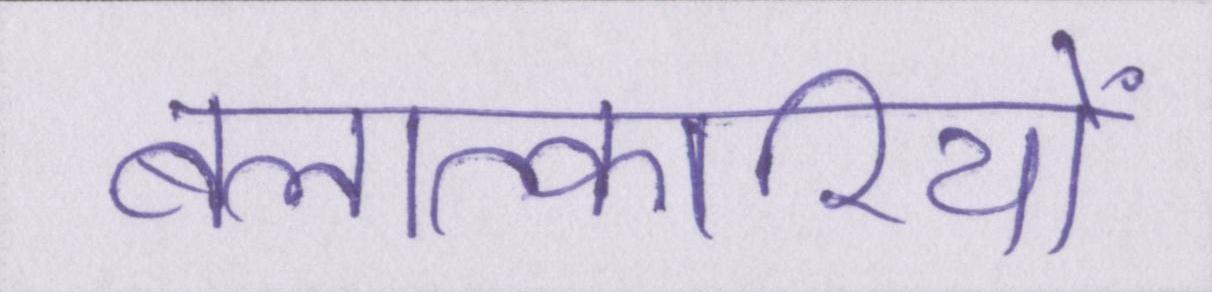
बलात्कारियों